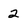
Character: 2